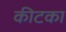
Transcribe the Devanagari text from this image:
कीटका